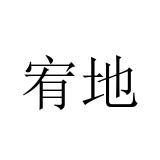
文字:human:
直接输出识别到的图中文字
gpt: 宥地